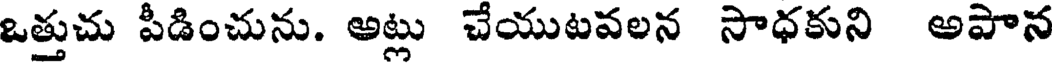
ఒత్తుచు పీడించును. అట్లు చేయుటవలన సాధకుని అపాన